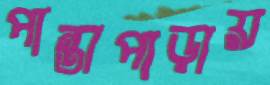
পান্তাপাড়ায়